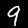
Label: 9